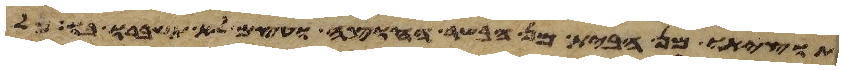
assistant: תוציאו מן הבית מן הבשר החוצה ועצם לא תשברו בו כל